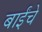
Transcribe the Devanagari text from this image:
बाईंचे